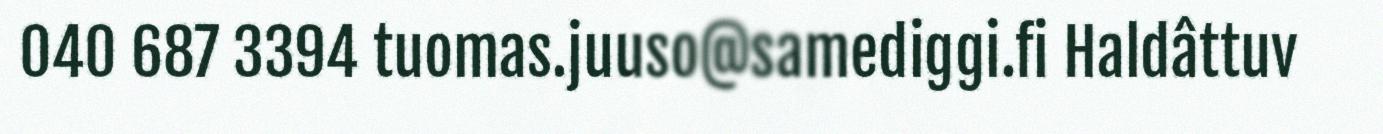
040 687 3394 tuomas.juuso@samediggi.fi Haldâttuv